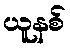
ယူနစ်